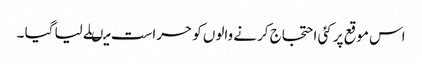
اس موقع پر کئی احتجاج کرنے والوں کو حراست میںلے لیا گیا ۔